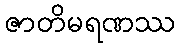
ဇာတိမရဏဿ